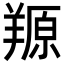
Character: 羱